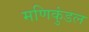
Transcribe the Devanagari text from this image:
मणिकुंडल